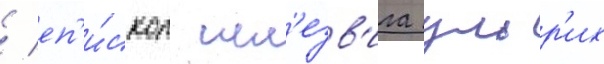
/ еп'и́скоп шл'езв'ига ульр'их